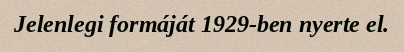
Jelenlegi formáját 1929-ben nyerte el.